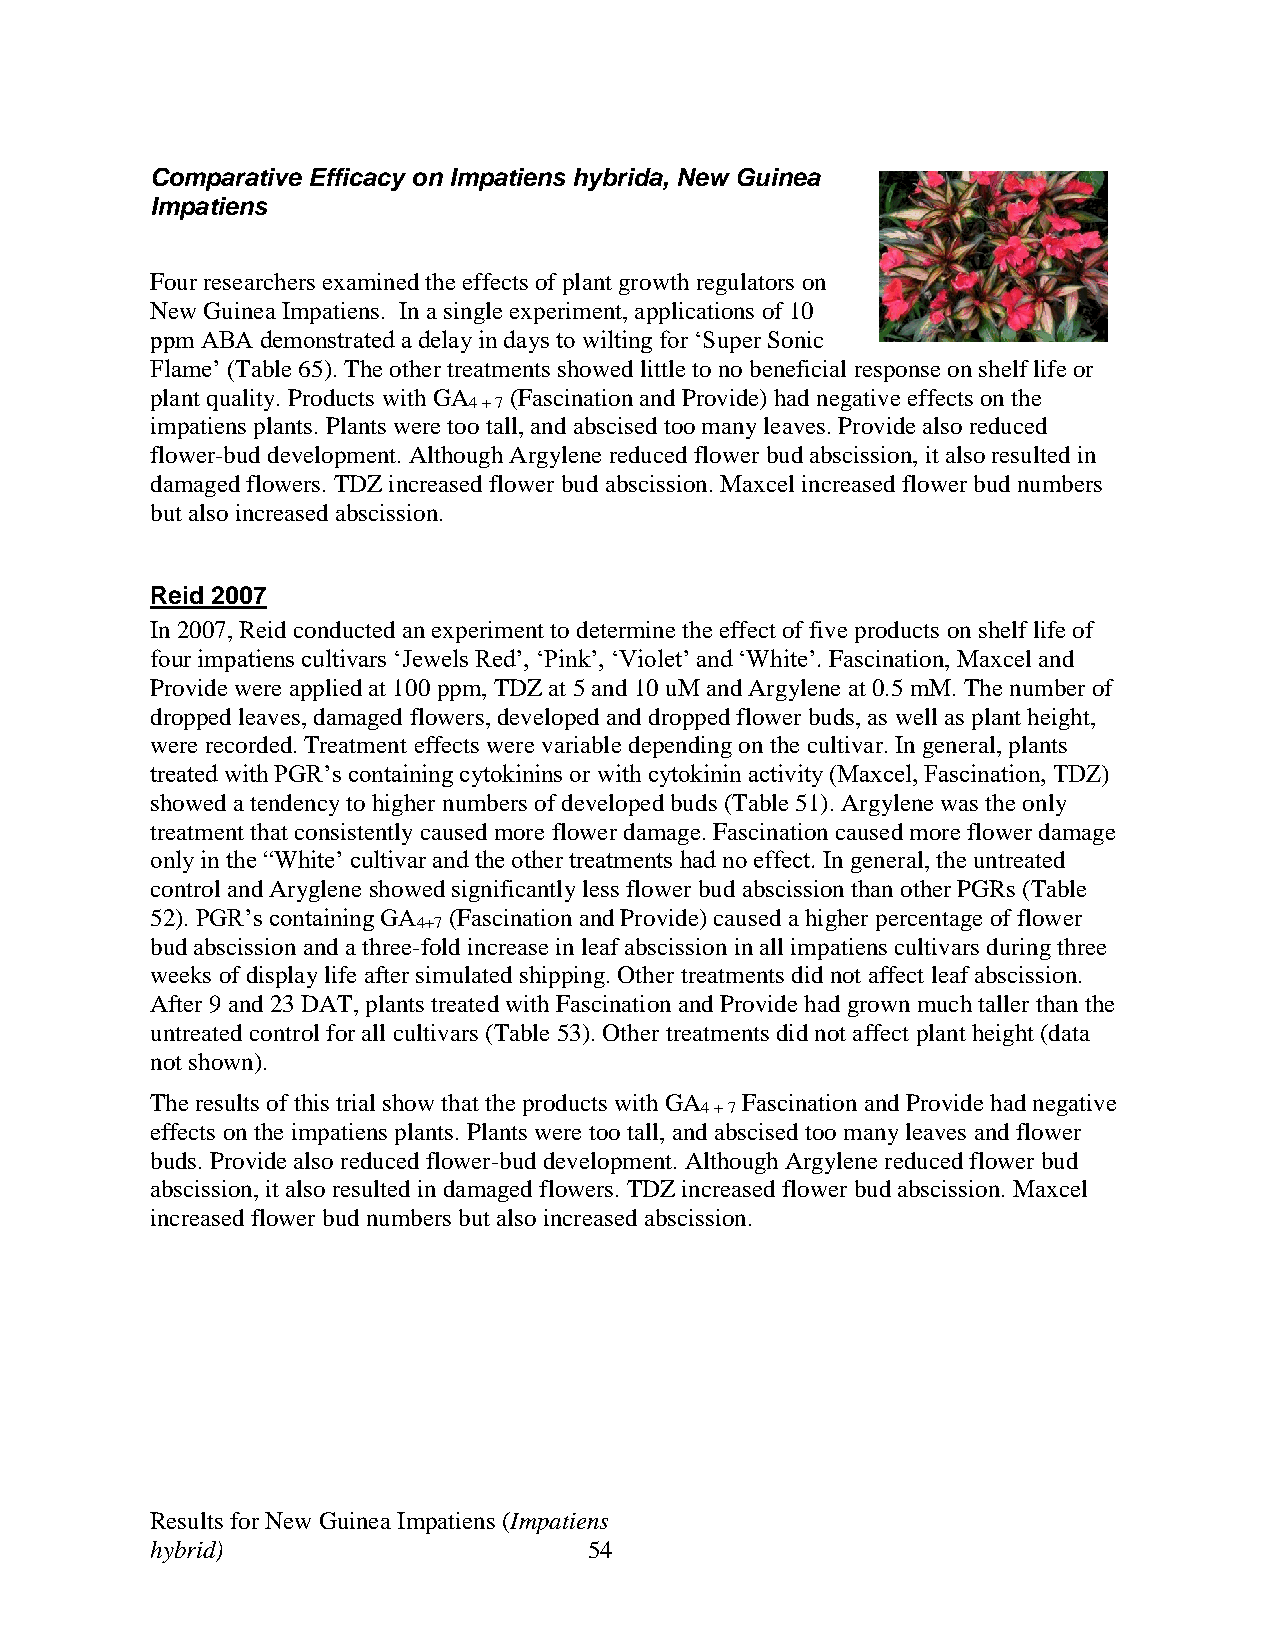
Comparative Efficacy on Impatiens hybrida, New Guinea
 Impatiens
 Four researchers examined the effects of plant growth regulators on
 New Guinea Impatiens. In a single experiment, applications of 10
 ppm ABA demonstrated a delay in days to wilting for ‘Super Sonic
 Flame’ (Table 65). The other treatments showed little to no beneficial response on shelf life or
 plant quality. Products with GA (Fascination and Provide) had negative effects on the
 4 + 7
 impatiens plants. Plants were too tall, and abscised too many leaves. Provide also reduced
 flower-bud development. Although Argylene reduced flower bud abscission, it also resulted in
 damaged flowers. TDZ increased flower bud abscission. Maxcel increased flower bud numbers
 but also increased abscission.
 Reid 2007
 In 2007, Reid conducted an experiment to determine the effect of five products on shelf life of
 four impatiens cultivars ‘Jewels Red’, ‘Pink’, ‘Violet’ and ‘White’. Fascination, Maxcel and
 Provide were applied at 100 ppm, TDZ at 5 and 10 uM and Argylene at 0.5 mM. The number of
 dropped leaves, damaged flowers, developed and dropped flower buds, as well as plant height,
 were recorded. Treatment effects were variable depending on the cultivar. In general, plants
 treated with PGR’s containing cytokinins or with cytokinin activity (Maxcel, Fascination, TDZ)
 showed a tendency to higher numbers of developed buds (Table 51). Argylene was the only
 treatment that consistently caused more flower damage. Fascination caused more flower damage
 only in the “White’ cultivar and the other treatments had no effect. In general, the untreated
 control and Aryglene showed significantly less flower bud abscission than other PGRs (Table
 52). PGR’s containing GA (Fascination and Provide) caused a higher percentage of flower
 4+7
 bud abscission and a three-fold increase in leaf abscission in all impatiens cultivars during three
 weeks of display life after simulated shipping. Other treatments did not affect leaf abscission.
 After 9 and 23 DAT, plants treated with Fascination and Provide had grown much taller than the
 untreated control for all cultivars (Table 53). Other treatments did not affect plant height (data
 not shown).
 The results of this trial show that the products with GA Fascination and Provide had negative
 4 + 7
 effects on the impatiens plants. Plants were too tall, and abscised too many leaves and flower
 buds. Provide also reduced flower-bud development. Although Argylene reduced flower bud
 abscission, it also resulted in damaged flowers. TDZ increased flower bud abscission. Maxcel
 increased flower bud numbers but also increased abscission.
 Results for New Guinea Impatiens (Impatiens
 hybrid)                      54